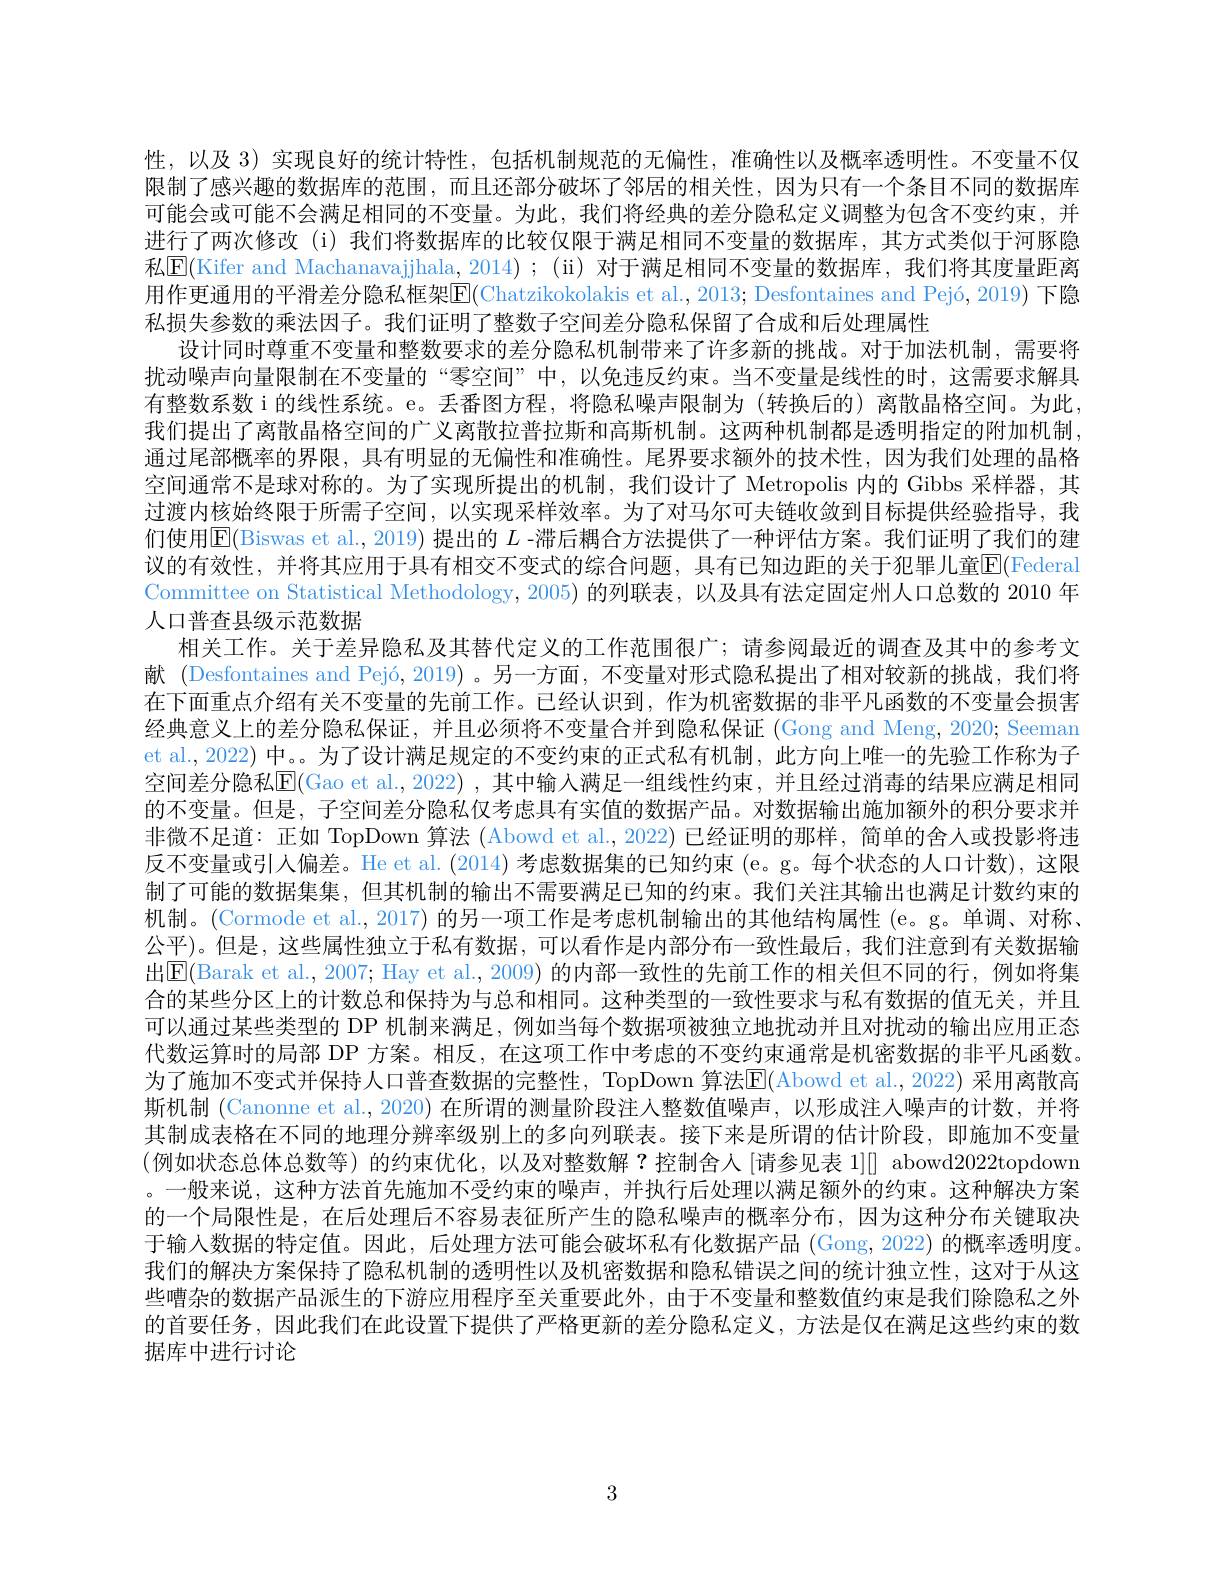
Committee on Statistical Methodology, 2005) 的列联表，以及具有法定固定州人口总数的 2010 年
人口普查县级示范数据

性，以及 3) 实现良好的统计特性，包括机制规范的无偏性，准确性以及概率透明性。不变量不仅限制了感兴趣的数据库的范围，而且还部分破坏了邻居的相关性，因为只有一个条目不同的数据库可能会或可能不会满足相同的不变量。为此，我们将经典的差分隐私定义调整为包含不变约束，并进行了两次修改 (i) 我们将数据库的比较仅限于满足相同不变量的数据库，其方式类似于河豚隐私E(Kifer and Machanavajjhala, 2014);(ii) 对于满足相同不变量的数据库，我们将其度量距离用作更通用的平滑差分隐私框架[E](Chatzikokolakis et al., 2013; Desfontaines and Pejó, 2019) 下隐私损失参数的乘法因子。我们证明了整数子空间差分隐私保留了合成和后处理属性
设计同时尊重不变量和整数要求的差分隐私机制带来了许多新的挑战。对于加法机制，需要将扰动噪声向量限制在不变量的“零空间”中，以免违反约束。当不变量是线性的时，这需要求解具有整数系数 i 的线性系统。e。丢番图方程，将隐私噪声限制为(转换后的)离散晶格空间。为此， 我们提出了离散晶格空间的广义离散拉普拉斯和高斯机制。这两种机制都是透明指定的附加机制， 通过尾部概率的界限，具有明显的无偏性和准确性。尾界要求额外的技术性，因为我们处理的晶格空间通常不是球对称的。为了实现所提出的机制，我们设计了 Metropolis 内的 Gibbs 采样器，其过渡内核始终限于所需子空间，以实现采样效率。为了对马尔可夫链收敛到目标提供经验指导，我们使用$\overline{\mathrm{E}}($Biswas et al., 2019) 提出的 $L$ -滞后耦合方法提供了一种评估方案。我们证明了我们的建议的有效性，并将其应用于具有相交不变式的综合问题，具有已知边距的关于犯罪儿童$\overline{\mathbb{E}}($Federal
相关工作。关于差异隐私及其替代定义的工作范围很广；请参阅最近的调查及其中的参考文献 (Desfontaines and Pejó, 2019)。另一方面，不变量对形式隐私提出了相对较新的挑战，我们将在下面重点介绍有关不变量的先前工作。已经认识到，作为机密数据的非平凡函数的不变量会损害经典意义上的差分隐私保证，并且必须将不变量合并到隐私保证 (Gong and Meng, 2020; Seeman et al., 2022) 中。。为了设计满足规定的不变约束的正式私有机制，此方向上唯一的先验工作称为子空间差分隐私$\mathsf{E}($Gao et al.,2022) ,其中输入满足一组线性约束，并且经过消毒的结果应满足相同的不变量。但是，子空间差分隐私仅考虑具有实值的数据产品。对数据输出施加额外的积分要求并非微不足道：正如 TopDown 算法 (Abowd et al.,2022) 已经证明的那样，简单的舍人或投影将违反不变量或引人偏差。He et al. (2014)考虑数据集的已知约束 (e。g。每个状态的人口计数),这限制了可能的数据集集，但其机制的输出不需要满足已知的约束。我们关注其输出也满足计数约束的机制。(Cormode et al., 2017) 的另一项工作是考虑机制输出的其他结构属性 (e。g。单调、对称、 公平)。但是，这些属性独立于私有数据，可以看作是内部分布一致性最后，我们注意到有关数据输出$\overline{\mathrm{E}}($Barak et al., 2007; Hay et al., 2009) 的内部一致性的先前工作的相关但不同的行，例如将集合的某些分区上的计数总和保持为与总和相同。这种类型的一致性要求与私有数据的值无关，并且可以通过某些类型的 DP 机制来满足，例如当每个数据项被独立地扰动并且对扰动的输出应用正态代数运算时的局部 DP 方案。相反，在这项工作中考虑的不变约束通常是机密数据的非平凡函数。为了施加不变式并保持人口普查数据的完整性，TopDown 算法E(A$bowd et al. , 2022)$ 采用离散高斯机制 (Canonne et al., 2020) 在所谓的测量阶段注人整数值噪声，以形成注人噪声的计数，并将其制成表格在不同的地理分辨率级别上的多向列联表。接下来是所谓的估计阶段，即施加不变量(例如状态总体总数等)的约束优化，以及对整数解？控制舍人[请参见表 1]] abowd20222topdown 。一般来说，这种方法首先施加不受约束的噪声，并执行后处理以满足额外的约束。这种解决方案的一个局限性是，在后处理后不容易表征所产生的隐私噪声的概率分布，因为这种分布关键取决于输人数据的特定值。因此，后处理方法可能会破坏私有化数据产品 (Gong,2022) 的概率透明度。我们的解决方案保持了隐私机制的透明性以及机密数据和隐私错误之间的统计独立性，这对于从这些嘈杂的数据产品派生的下游应用程序至关重要此外，由于不变量和整数值约束是我们除隐私之外的首要任务，因此我们在此设置下提供了严格更新的差分隐私定义，方法是仅在满足这些约束的数据库中进行讨论

3